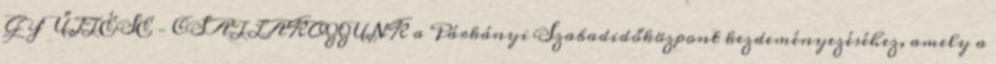
GYŰJTÉSE – CSATLAKOZZUNK a Párkányi Szabadidőközpont kezdeményezéséhez, amely a